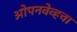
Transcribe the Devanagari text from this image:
ओपनवेव्हचा